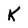
Character: K